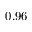
0 . 9 6